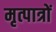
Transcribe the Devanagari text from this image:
मृत्पात्रों